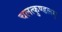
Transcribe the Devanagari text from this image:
चलत्कुण्डलम्